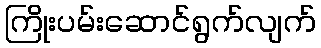
ကြိုးပမ်းဆောင်ရွက်လျက်